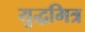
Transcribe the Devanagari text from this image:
युद्धमित्र